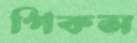
পিকস